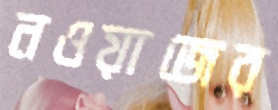
নওয়াজের